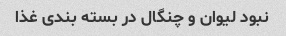
نبود لیوان و چنگال در بسته بندی غذا